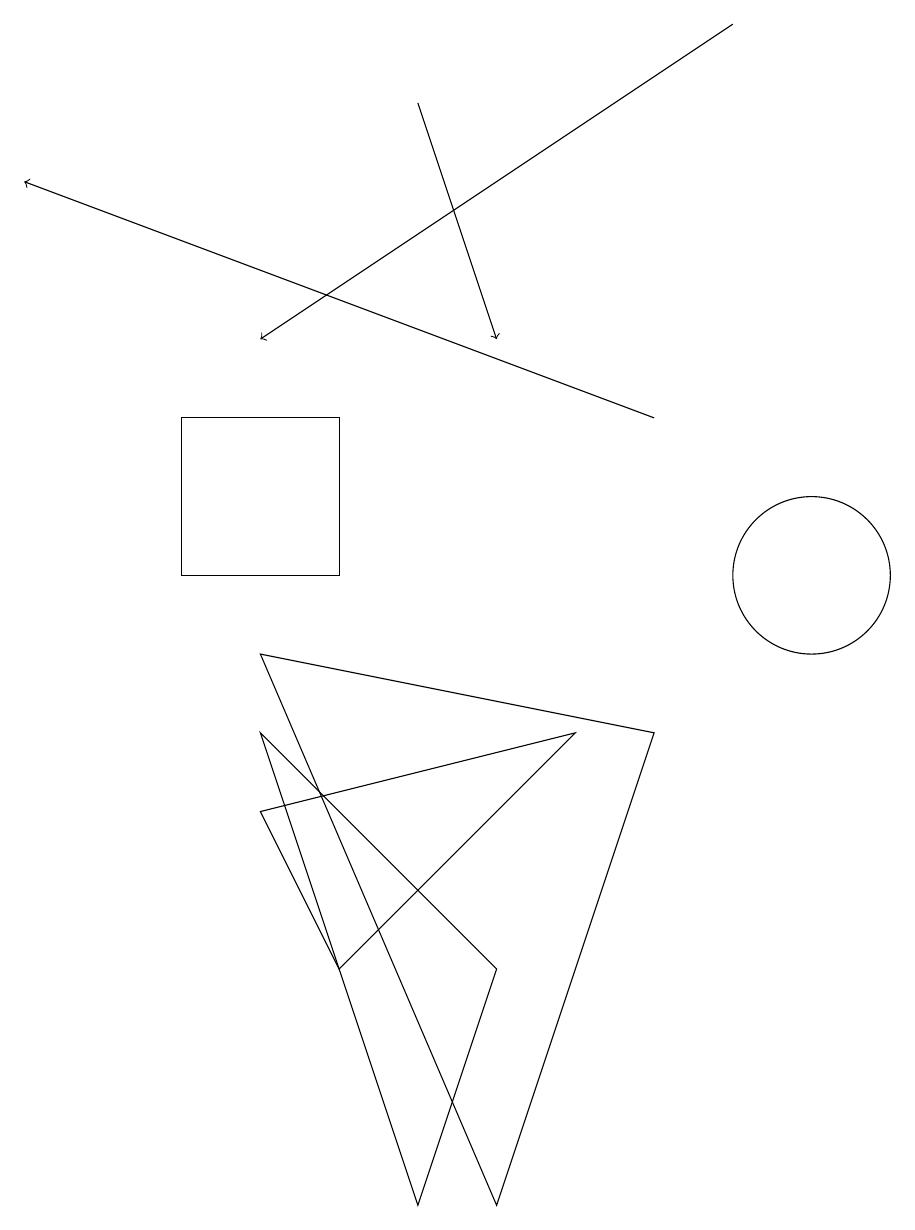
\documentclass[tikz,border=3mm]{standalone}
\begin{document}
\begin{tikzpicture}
\draw (10,10) circle (1);
\draw[->] (5,16) -- (6,13);
\draw[->] (8,12) -- (0,15);
\draw (2,12) rectangle (4,10);
\draw (7,8) -- (3,7) -- (4,5) -- cycle;
\draw (8,8) -- (6,2) -- (3,9) -- cycle;
\draw[->] (9,17) -- (3,13);
\draw (5,2) -- (6,5) -- (3,8) -- cycle;
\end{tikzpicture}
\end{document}